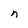
Character: n